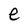
Character: e